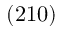
( 2 1 0 )